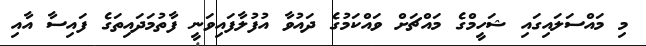
މި މައްސަލައިގައި ޝަހީމްގެ މައްޗަށް ވައްކަމުގެ ދައުވާ އުފުލާފައިވަނީ ފާތުމަދައިތަގެ ފައިސާ އާއި